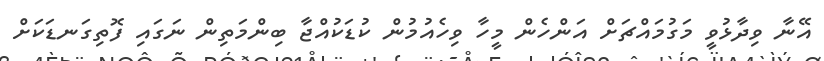
އޭނާ ވިދާޅުވީ މަގުމައްޗަށް އަންހެން މީހާ ވިހެއުމުން ކުޑަކުއްޖާ ބިންމަތިން ނަގައި ފޮތިގަނޑަކަށް